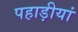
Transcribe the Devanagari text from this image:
पहाड़ीयां